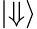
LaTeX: \lvert\Downarrow\rangle